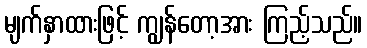
မျက်နှာထားဖြင့် ကျွန်တော့အား ကြည့်သည်။